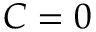
C = 0